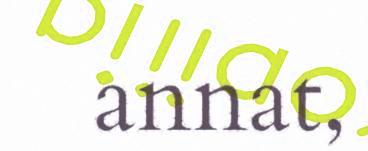
annat,